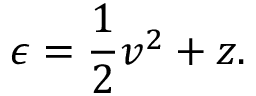
\epsilon = \frac { 1 } { 2 } v ^ { 2 } + z .